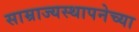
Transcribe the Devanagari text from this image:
साम्राज्यस्थापनेच्या